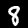
Label: 8